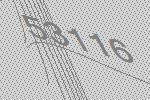
53116